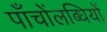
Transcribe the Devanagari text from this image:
पाँचोंलब्धियों